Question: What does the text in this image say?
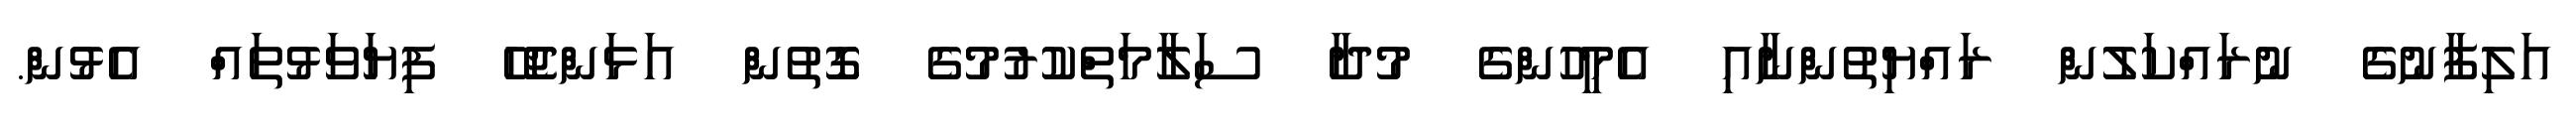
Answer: އަލިފާނުގެ ނުރައްކަލުން ރައްޔިތުންނާއި އެމީހުންގެ މުދާ ސަލާމަތްކުރުމުގެ ގޮތުން އަޅަންޖެހޭ ފިޔަވަޅުތައް އެޅުން.